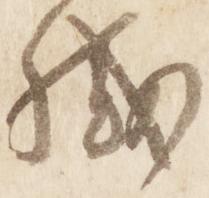
職